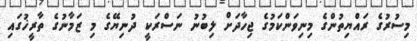
މިސުރުގެ ރައްޔިތުންގެ މިނިވަންކަމުގެ ޖިހާދަށް ލިބުނު ނަސްރަކީ ދުނިޔޭގެ މި ޒަމާނުގެ ތާރީޚުގައި